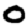
Digit: 0